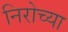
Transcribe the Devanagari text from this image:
निरोच्या